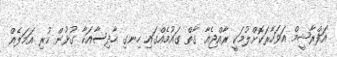
އަފްރާޝީމް އަވަހާރަކޮށްލުމަކީ ރާއްޖެއާ ގާތް ގައުމެއްގައި ހިނގި ހާދިސާއަކާ ގުޅުން ހުރި އަމަލެއް